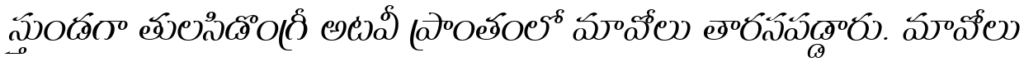
స్తుండగా తులసిడొంగ్రీ అటవీ ప్రాంతంలో మావోలు తారసపడ్డారు. మావోలు